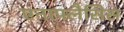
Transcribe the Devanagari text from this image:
एनाफ्लैसिस